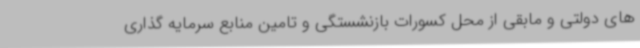
های دولتی و مابقی از محل کسورات بازنشستگی و تامین منابع سرمایه گذاری